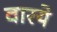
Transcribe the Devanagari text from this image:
वारये